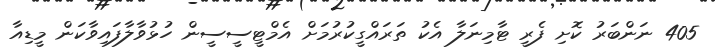
405 ނަންބަރު ކޮށި ފެރީ ޓާމިނަލާ އެކު ތަރައްގީކުރުމަށް އެމްޓީސީސީން ހުޅުވާލާފައިވާކަން މީޑިއާ